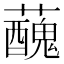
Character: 𧃝